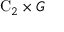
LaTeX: \mathrm { C } _ { 2 } \times G